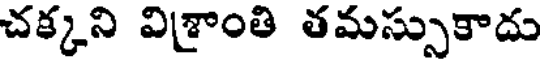
చక్కని విశ్రాంతి తమస్సుకాదు